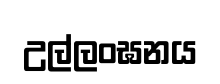
උල්ලංඝනය